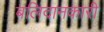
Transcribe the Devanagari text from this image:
बलिदानकारी